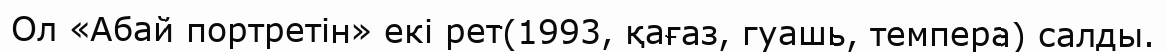
Ол «Абай портретін» екі рет(1993, қағаз, гуашь, темпера) салды.